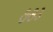
૭૭૩